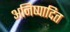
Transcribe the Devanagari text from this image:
अनिष्पादित